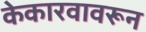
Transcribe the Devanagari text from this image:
केकारवावरून